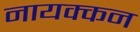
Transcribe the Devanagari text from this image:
नायक्कन